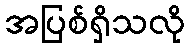
အပြစ်ရှိသလို